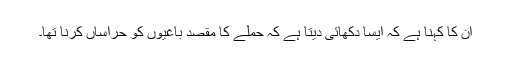
ان کا کہنا ہے کہ ایسا دکھائی دیتا ہے کہ حملے کا مقصد باغیوں کو حراساں کرنا تھا۔